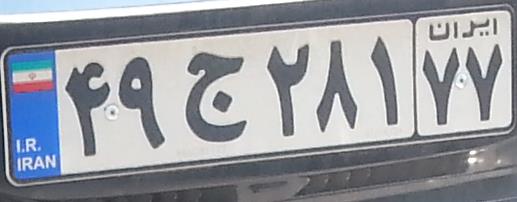
۴۹ج۲۸۱۷۷